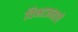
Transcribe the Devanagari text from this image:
विभाजनाचे